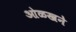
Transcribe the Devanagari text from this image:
ओळखने